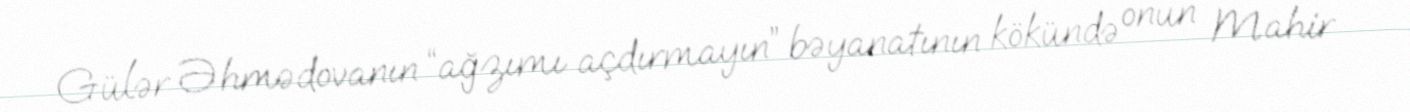
Gülər Əhmədovanın “ağzımı açdırmayın” bəyanatının kökündə onun Mahir